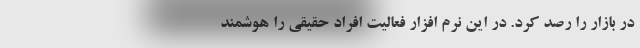
در بازار را رصد کرد. در این نرم افزار فعالیت افراد حقیقی را هوشمند